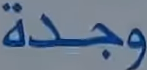
وجدة